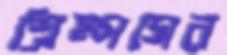
শ্রিম্পসের